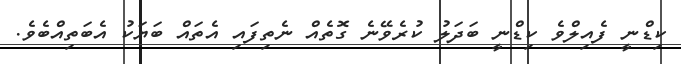
ކިޑްނީ ފެއިލްވެ ކިޑްނީ ބަދަލު ކުރެވޭނެ ގޮތެއް ނެތިފައި އެތައް ބަޔަކު އެބަތިއްބެވެ.